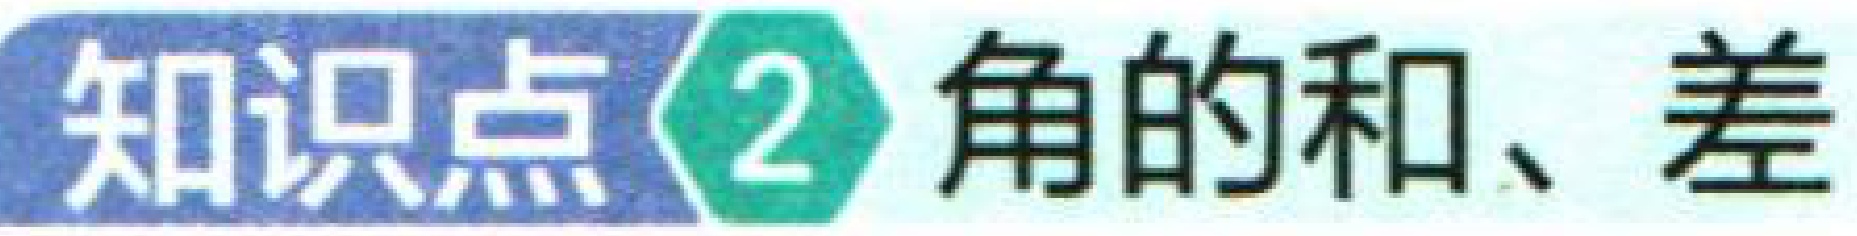
知识点\(2\) 角的和、差